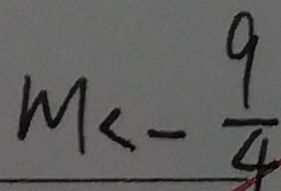
M < - \frac { 9 } { 4 }